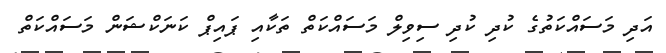
އަދި މަސައްކަތުގެ ކުދި ކުދި ސިވިލް މަސައްކަތް ތަކާއި ޕައިޕް ކަނަކްޝަން މަސައްކަތް